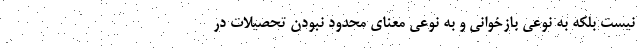
نیست بلکه به نوعی بازخوانی و به نوعی معنای محدود نبودن تحصیلات در